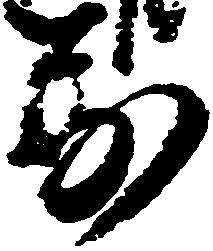
万